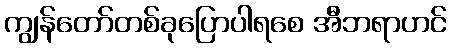
ကျွန်တော်တစ်ခုပြောပါရစေ အီဘရာဟင်